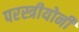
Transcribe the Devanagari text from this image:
परस्त्रीयोनी